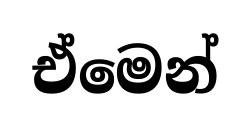
ඒමෙන්